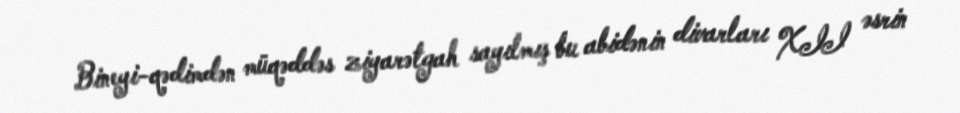
Bineyi-qədimdən müqəddəs ziyarətgah sayılmış bu abidənin divarları XII əsrin